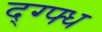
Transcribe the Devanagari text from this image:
द्ग्फ्ध